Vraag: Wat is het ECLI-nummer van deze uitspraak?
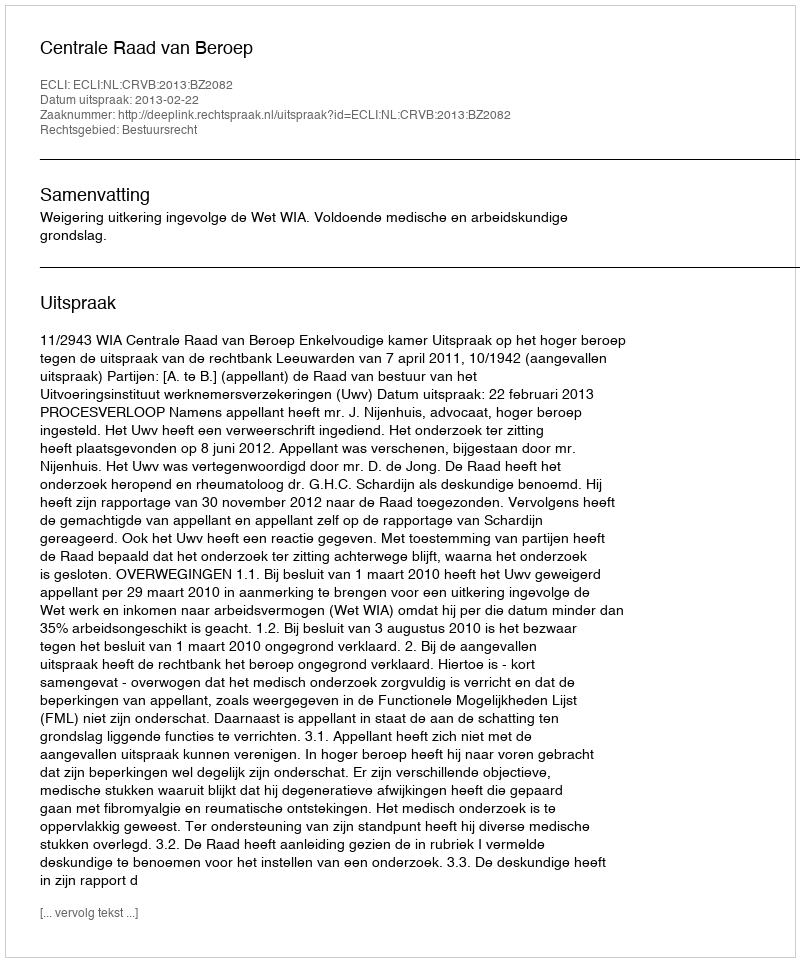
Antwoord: ECLI:NL:CRVB:2013:BZ2082